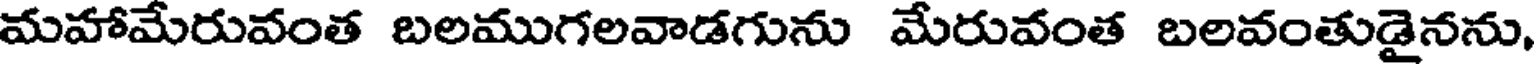
మహామేరువంత బలముగలవాడగును మేరువంత బలవంతుడైనను,